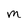
Character: M